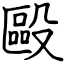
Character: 毆